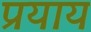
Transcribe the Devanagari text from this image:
प्रयाय